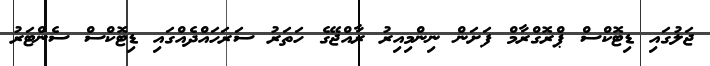
ޖަލުގައި ޑިޓޮކްސް ޕްރޮގްރާމް ފަށަން ނިންމިއިރު ރާއްޖޭގެ ހަތަރު ސަރަހައްދެއްގައި ޑިޓޮކްސް ސެންޓަރު